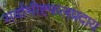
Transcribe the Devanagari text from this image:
सर्वाभीष्टफलप्रदाय